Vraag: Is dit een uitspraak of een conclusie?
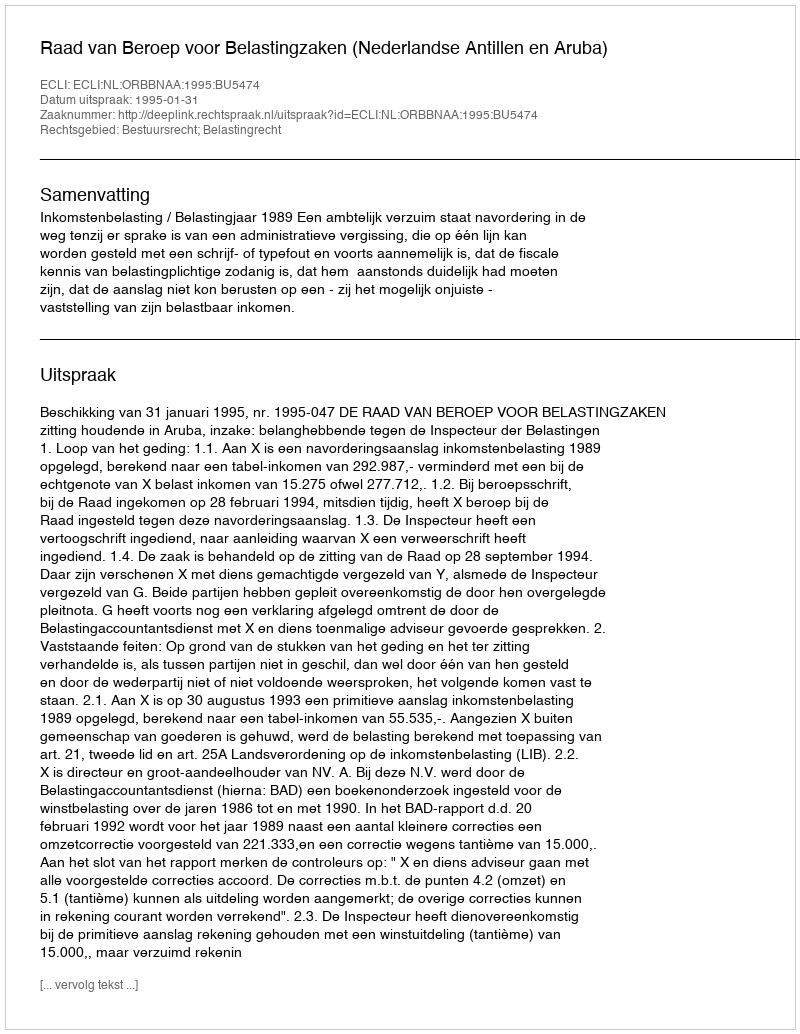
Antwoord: Uitspraak